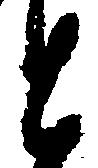
と